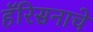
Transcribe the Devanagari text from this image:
हॅरिसनाचे